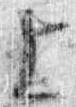
上